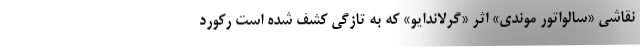
نقاشی «سالواتور موندی» اثر «گرلاندایو» که به تازگی کشف شده است رکورد